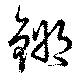
鏘